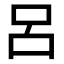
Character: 呂